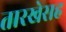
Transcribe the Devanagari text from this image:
तारखेसह